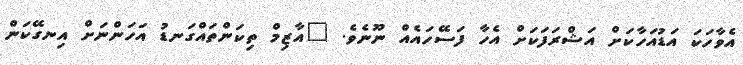
އެވާހަކަ އަޑުއަހާކަށް އަޝްރަފަކަށް އެހާ ފަސޭހައެއް ނޫނެވެ. "އާޒިމް ތިކަންތައްގަނޑު އަހަންނަށް އިނގޭކަން